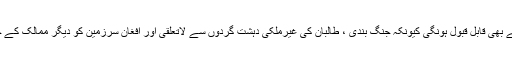
زیر غور تجاویز بعض علاقائی اور عالمی طاقتوں جیسے چین ، روس ، اور ایران وغیرہ کیلئے بھی قابل قبول ہونگی کیونکہ جنگ بندی ، طالبان کی غیرملکی دہشت گردوں سے لاتعلقی اور افغان سرزمین کو دیگر ممالک کے خلاف استعمال کی اجازت نہ دینے سے ان ممالک کے سیکورٹی کنسرن کی بھی تشفی ہوگی ۔